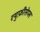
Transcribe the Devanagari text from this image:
रयुफ़ीसेप्स